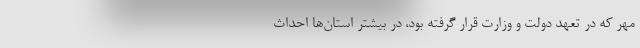
مهر که در تعهد دولت و وزارت قرار گرفته بود، در بیشتر استان‌ها احداث